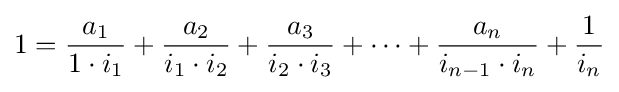
1={\frac {a_{1}}{1\cdot i_{1}}}+{\frac {a_{2}}{i_{1}\cdot i_{2}}}+{\frac {a_{3}}{i_{2}\cdot i_{3}}}+\dots +{\frac {a_{n}}{i_{n-1}\cdot i_{n}}}+{\frac {1}{i_{n}}}